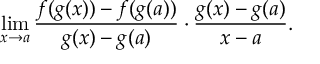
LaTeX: \operatorname* { l i m } _ { x \to a } { \frac { f ( g ( x ) ) - f ( g ( a ) ) } { g ( x ) - g ( a ) } } \cdot { \frac { g ( x ) - g ( a ) } { x - a } } .